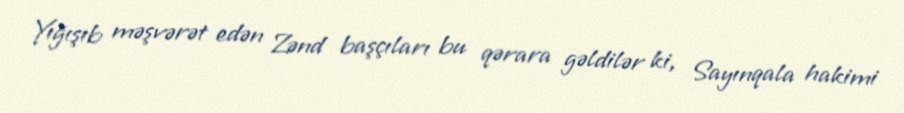
Yığışıb məşvərət edən Zənd başçıları bu qərara gəldilər ki, Sayınqala hakimi